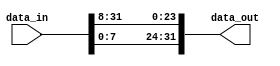
module RotWord(data_in, data_out);
    input   [31:0] data_in;
    output  [31:0] data_out;

    wire [7:0] wire_0, wire_1, wire_2, wire_3;

    assign wire_0 = data_in[7:0];
    assign wire_1 = data_in[15:8];
    assign wire_2 = data_in[23:16];
    assign wire_3 = data_in[31:24];

    assign data_out = {wire_0, wire_3, wire_2, wire_1};
endmodule